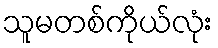
သူမတစ်ကိုယ်လုံး